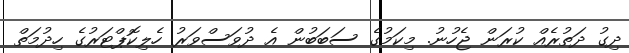
ދިގު ދަތުރެއް ކުރަން ޖެހުނު. މިކަމުގެ ސަބަބުން އެ ދުވަސްވަރު ހެލިކޮޕްޓަރުގެ ހިދުމަތް